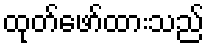
ထုတ်ဖော်ထားသည်